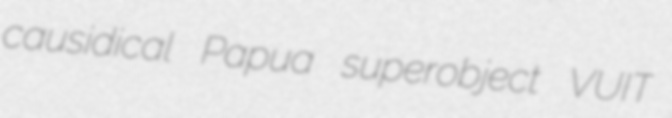
causidical Papua superobject VUIT